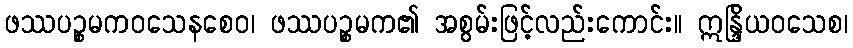
ဖဿပဉ္စမကဝသေနစေဝ၊ ဖဿပဉ္စမက၏ အစွမ်းဖြင့်လည်းကောင်း။ ဣန္ဒြိယဝသေစ၊